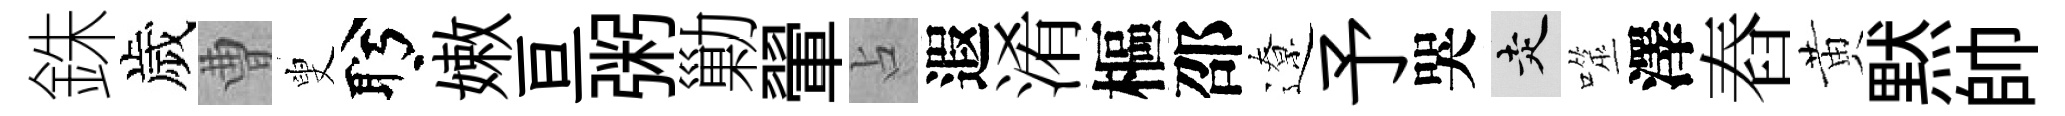
銖歲曹叟盻嫩亘粥勦翬占遐淆樞邵遼予哭走噬澤舂黄黙帥